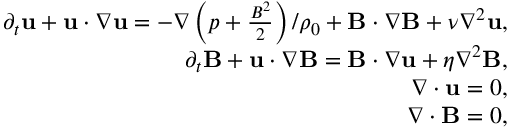
\begin{array} { r } { \partial _ { t } \mathbf { u } + \mathbf { u } \cdot \nabla \mathbf { u } = - \nabla \left( p + \frac { B ^ { 2 } } { 2 } \right) / \rho _ { 0 } + \mathbf { B } \cdot \nabla \mathbf { B } + \nu \nabla ^ { 2 } \mathbf { u } , } \\ { \partial _ { t } \mathbf { B } + \mathbf { u } \cdot \nabla \mathbf { B } = \mathbf { B } \cdot \nabla \mathbf { u } + \eta \nabla ^ { 2 } \mathbf { B } , } \\ { \nabla \cdot \mathbf { u } = 0 , } \\ { \nabla \cdot \mathbf { B } = 0 , } \end{array}